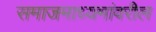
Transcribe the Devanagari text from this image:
समाजमाध्यमांवरील